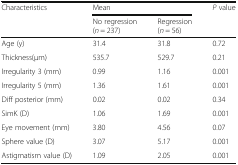
<table><thead><tr><td rowspan="2"><b>Characteristics</b></td><td colspan="2"><b>Mean</b></td><td rowspan="2"><b><i>P</i> value</b></td></tr><tr><td><b>No regression(<i>n</i> = 237)</b></td><td><b>Regression(<i>n</i> = 56)</b></td></tr></thead><tbody><tr><td>Age (y)</td><td>31.4</td><td>31.8</td><td>0.72</td></tr><tr><td>Thickness(μm)</td><td>535.7</td><td>529.7</td><td>0.21</td></tr><tr><td>Irregularity 3 (mm)</td><td>0.99</td><td>1.16</td><td>0.001</td></tr><tr><td>Irregularity 5 (mm)</td><td>1.36</td><td>1.61</td><td>0.001</td></tr><tr><td>Diff posterior (mm)</td><td>0.02</td><td>0.02</td><td>0.34</td></tr><tr><td>SimK (D)</td><td>1.06</td><td>1.69</td><td>0.001</td></tr><tr><td>Eye movement (mm)</td><td>3.80</td><td>4.56</td><td>0.07</td></tr><tr><td>Sphere value (D)</td><td>3.07</td><td>5.17</td><td>0.001</td></tr><tr><td>Astigmatism value (D)</td><td>1.09</td><td>2.05</td><td>0.001</td></tr></tbody></table>